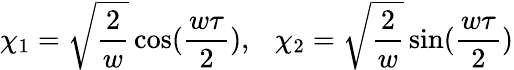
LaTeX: \chi_{1}=\sqrt{\frac{2}{w}}\cos(\frac{w\tau}{2}),{}~~~\chi_{2}=\sqrt{\frac{2}{w}}\sin(\frac{w\tau}{2})